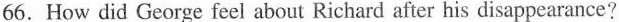
66. How did George feel about Richard after his disappearance?